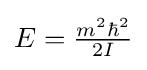
{\textstyle E={\frac {m^{2}\hbar ^{2}}{2I}}}